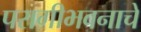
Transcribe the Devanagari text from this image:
परागीभवनाचे